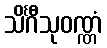
သိင်္ဂီသုဝဏ္ဏံ